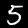
Label: 5